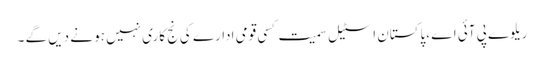
ریلوے پی آئی اے ،پاکستان اسٹیل سمیت کسی قومی ادارے کی نج کاری نہیں ہو نے دیں گے ۔